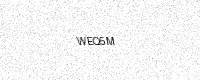
Text: WEQ5M